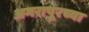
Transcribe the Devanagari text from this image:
अमरापूरच्या